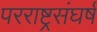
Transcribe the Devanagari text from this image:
परराष्ट्रसंघर्ष